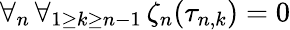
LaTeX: \forall_{n}\, \forall_{1\ge k\ge n-1}\, \zeta_{n}(\tau_{n,k})=0